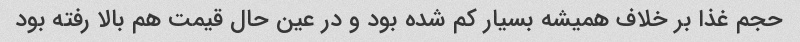
حجم غذا بر خلاف همیشه بسیار کم شده بود و در عین حال قیمت هم بالا رفته بود